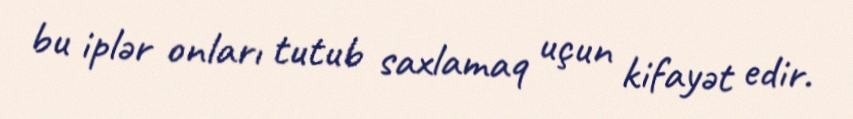
bu iplər onları tutub saxlamaq uçun kifayət edir.